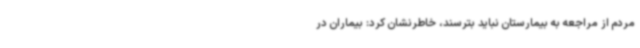
مردم از مراجعه به بیمارستان نباید بترسند، خاطرنشان کرد: بیماران در